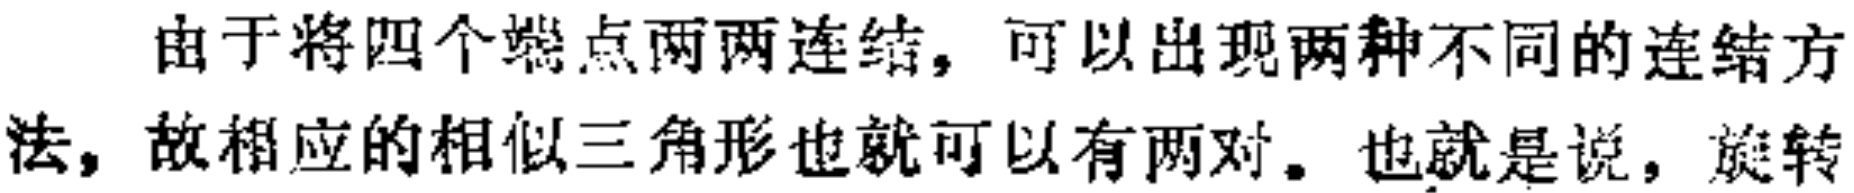
由于将四个端点两两连结，可以出现两种不同的连结方法，故相应的相似三角形也就可以有两对。也就是说，旋转